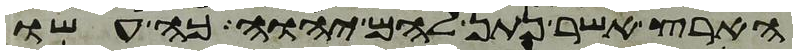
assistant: הארץ אשר נתן להם יהוה כה עשו